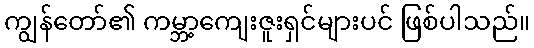
ကျွန်တော်၏ ကမ္ဘာ့ကျေးဇူးရှင်များပင် ဖြစ်ပါသည်။